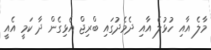
މާލެ އާއި ހުޅުލެ އާއި ދެމެދުގައި ބްރިޖް އެޅިގެން ދާ ކަމީ އެއީ